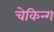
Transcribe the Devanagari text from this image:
चेकिन्ग